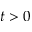
t > 0